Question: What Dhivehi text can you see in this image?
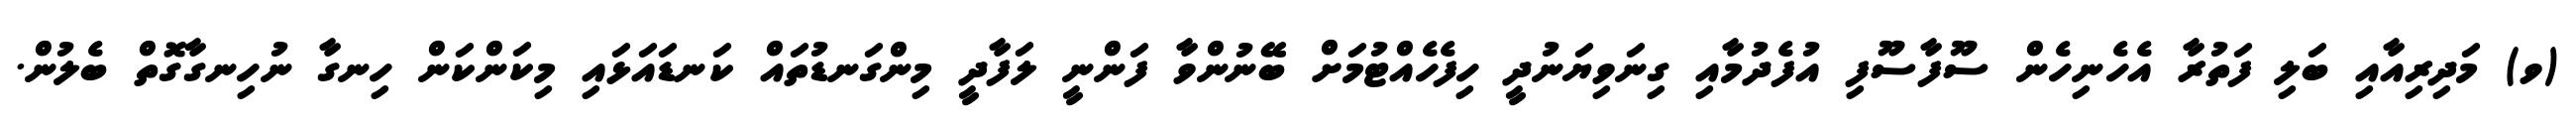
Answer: (ވ) މަދިރިއާއި ބަލި ފަތުރާ އެހެނިހެން ސޫފާސޫފި އުފެދުމާއި ގިނަވިޔަނުދީ ހިފެހެއްޓުމަށް ބޭނުންވާ ފަންނީ ލަފާދީ މިންގަނޑުތައް ކަނޑައަޅައި މިކަންކަން ހިނގާ ނުހިނގާގޮތް ބެލުން.